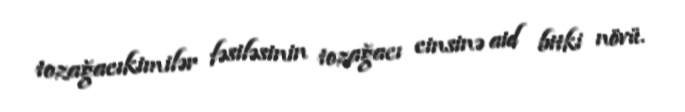
tozağacıkimilər fəsiləsinin tozağacı cinsinə aid bitki növü.